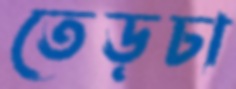
তেড়চা